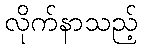
လိုက်နာသည့်